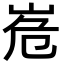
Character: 峞